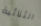
الثنائية